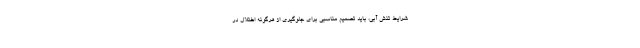
شرایط تنش آبی، باید تصمیم مناسبی برای جلوگیری از هرگونه اختلال در